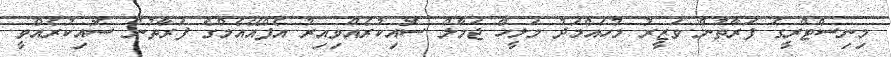
މިނިސްޓްރީގެ ފަރާތުން ވަޒީރު މުހައްމަދު މަލީހް ޖަމާލް ސޮއިކުރެއްވިއިރު އެފްއޭއެމްގެ ފަރާތުން ސޮއިކުރެއްވީ